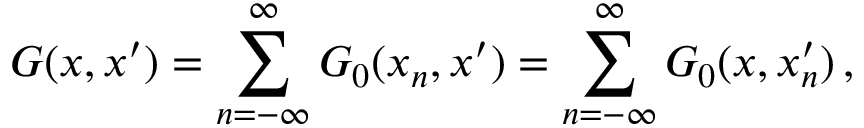
G ( x , x ^ { \prime } ) = \sum _ { n = - \infty } ^ { \infty } G _ { 0 } ( x _ { n } , x ^ { \prime } ) = \sum _ { n = - \infty } ^ { \infty } G _ { 0 } ( x , x _ { n } ^ { \prime } ) \, ,